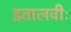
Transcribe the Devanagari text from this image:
इतालवीः